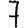
Digit: 7